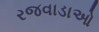
રજવાડાઓ